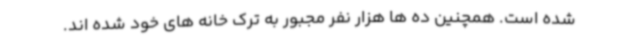
شده است. همچنین ده ها هزار نفر مجبور به ترک خانه های خود شده اند.